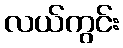
လယ်ကွင်း